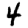
Digit: 4